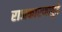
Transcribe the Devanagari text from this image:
राजकारणापुढे